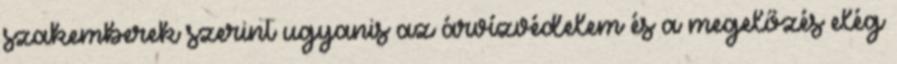
szakemberek szerint ugyanis az árvízvédelem és a megelőzés elég